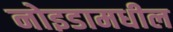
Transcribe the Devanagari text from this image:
नोइडामधील